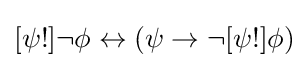
[\psi !]\neg \phi \leftrightarrow (\psi \rightarrow \neg [\psi !]\phi )